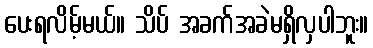
ပေးရလိမ့်မယ်။ သိပ် အခက်အခဲမရှိလှပါဘူး။